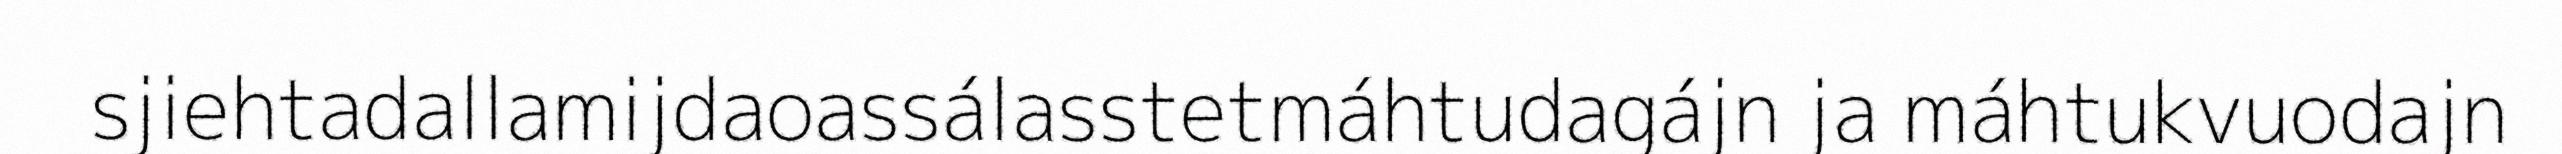
sjiehtadallamijdaoassálasstetmáhtudagájn ja máhtukvuodajn